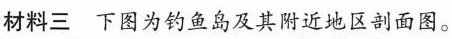
材料三下图为钓鱼岛及其附近地区剖面图。